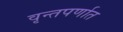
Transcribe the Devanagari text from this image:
वृन्तपर्णात